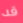
قد